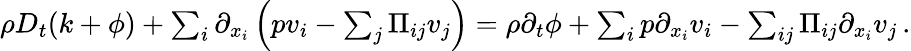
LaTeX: \begin{array}{r}{\rho D_{t}(k+\phi)+\sum_{i}\partial_{x_{i}}\left(pv_{i}-\sum_{j}\Pi_{ij}v_{j}\right)=\rho\partial_{t}\phi+\sum_{i}p\partial_{x_{i}}v_{i}-\sum_{ij}\Pi_{ij}\partial_{x_{i}}v_{j}\, .}\end{array}